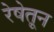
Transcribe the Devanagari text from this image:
रेषेतून